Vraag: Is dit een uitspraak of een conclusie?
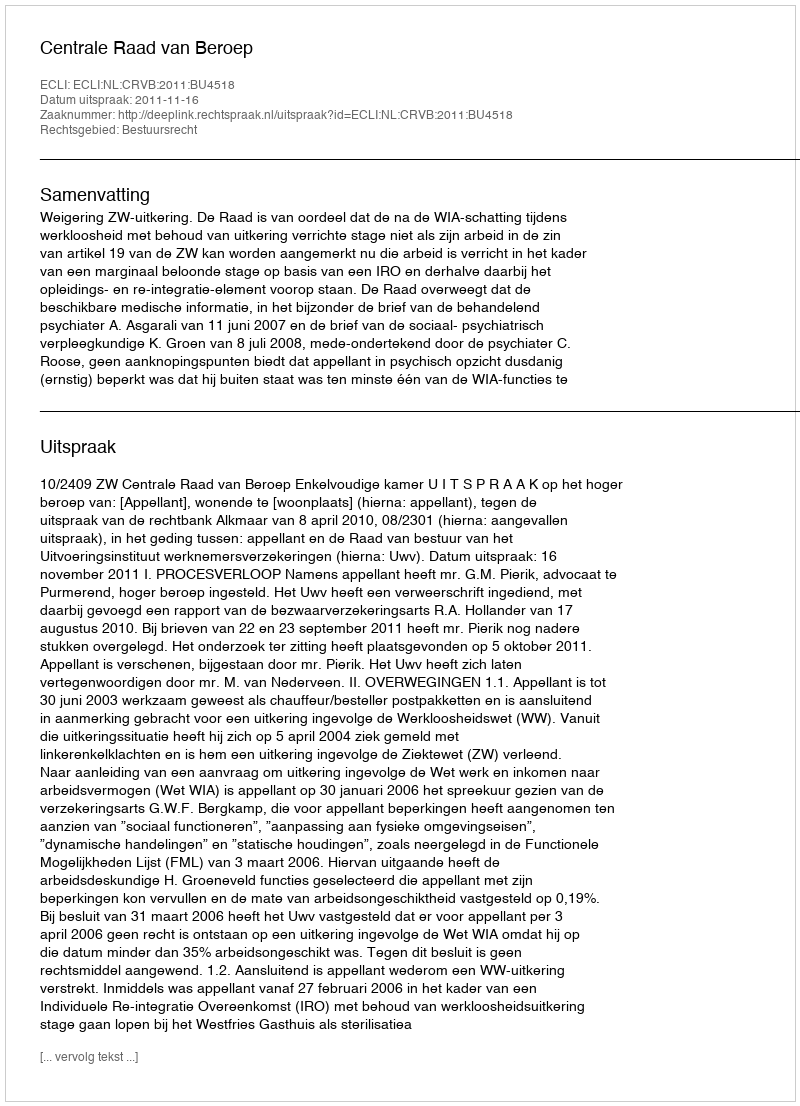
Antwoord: Uitspraak